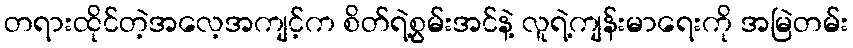
တရားထိုင်တဲ့အလေ့အကျင့်က စိတ်ရဲ့စွမ်းအင်နဲ့ လူရဲ့ကျန်းမာရေးကို အမြဲတမ်း